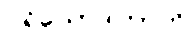
ပရိယောဒါတာတိ